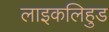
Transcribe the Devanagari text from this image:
लाइकलिहुड